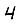
Digit: 4